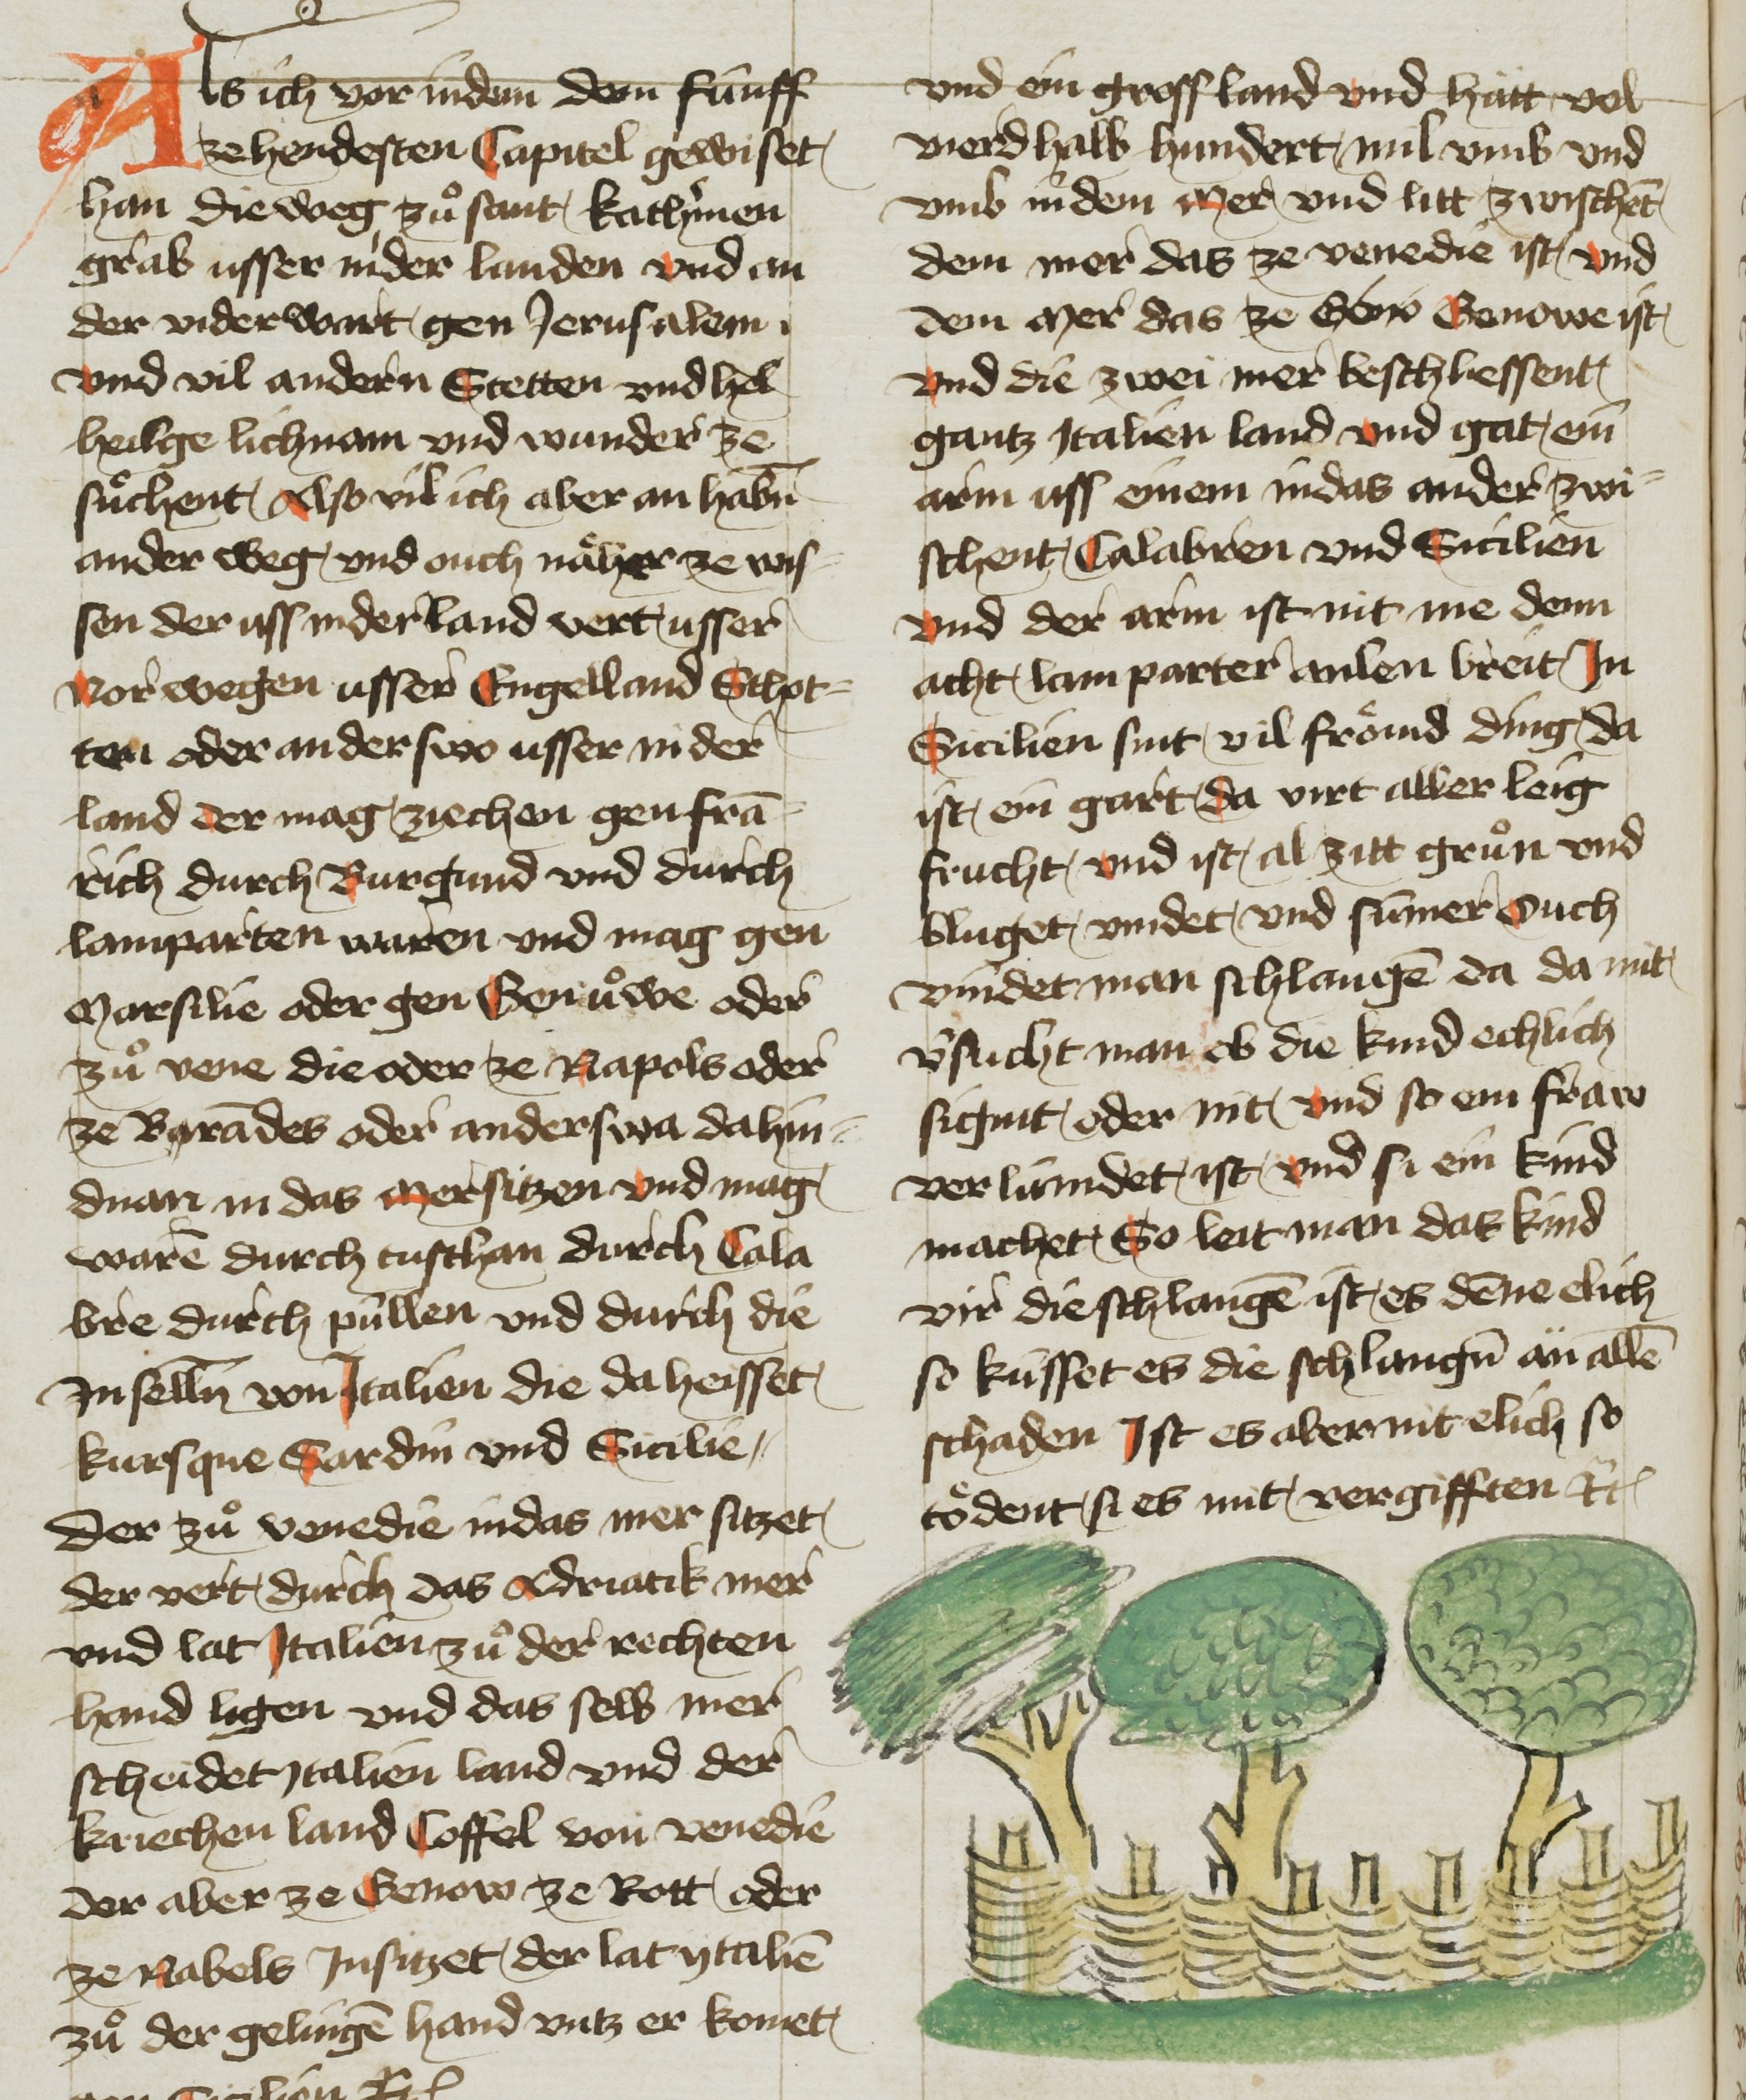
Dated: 1425–1449